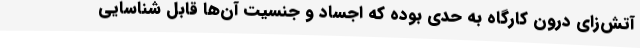
آتش‌زای درون کارگاه به حدی بوده که اجساد و جنسیت آن‌ها قابل شناسایی